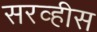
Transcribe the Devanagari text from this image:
सरव्हीस